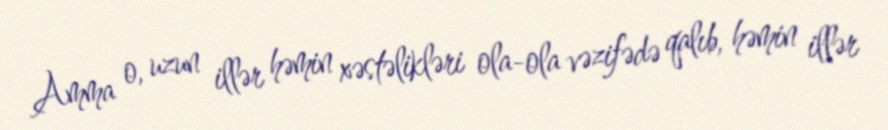
Amma o, uzun illər həmin xəstəlikləri ola-ola vəzifədə qalıb, həmin illər